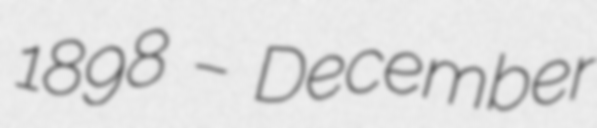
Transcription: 1898 – December